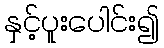
နှင့်ပူးပေါင်း၍